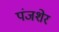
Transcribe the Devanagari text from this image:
पंजशेर